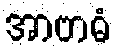
အာဗာဓံ